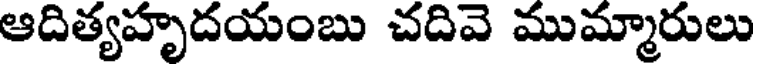
ఆదిత్యహృదయంబు చదివె ముమ్మారులు